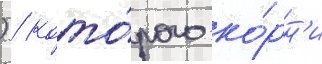
) / кото́рого ко́рн'и